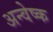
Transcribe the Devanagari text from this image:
अन्वेष्क